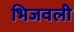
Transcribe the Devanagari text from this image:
भिजवली